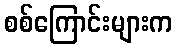
စစ်ကြောင်းများက